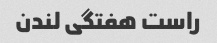
راست هفتگی لندن